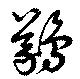
鸃